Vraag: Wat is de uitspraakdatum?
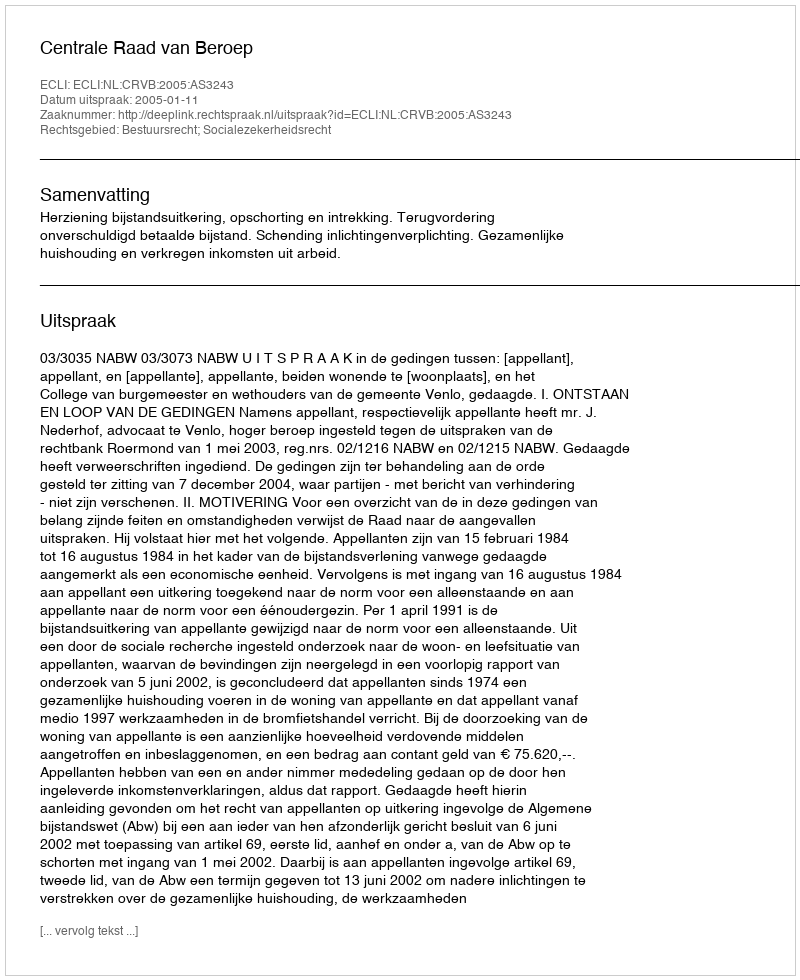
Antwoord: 2005-01-11